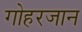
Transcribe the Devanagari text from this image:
गोहरजान